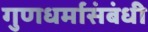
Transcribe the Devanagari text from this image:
गुणधर्मासंबंधी